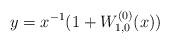
LaTeX: \begin{align*}y=x^{-1}(1+W^{(0)}_{1,0}(x))\end{align*}